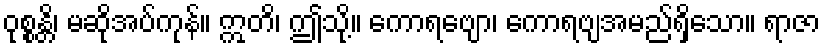
ဝုစ္စန္တိ၊ မဆိုအပ်ကုန်။ ဣတိ၊ ဤသို့။ ကောရဗျော၊ ကောရဗျအမည်ရှိသော။ ရာဇာ